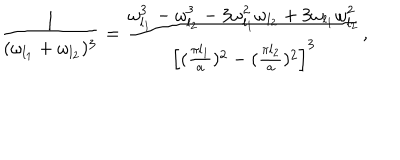
LaTeX: { \frac { 1 } { ( \omega _ { l _ { 1 } } + \omega _ { l _ { 2 } } ) ^ { 3 } } } = { \frac { \omega _ { l _ { 1 } } ^ { 3 } - \omega _ { l _ { 2 } } ^ { 3 } - 3 \omega _ { l _ { 1 } } ^ { 2 } \omega _ { l _ { 2 } } + 3 \omega _ { l _ { 1 } } \omega _ { l _ { 2 } } ^ { 2 } } { \left[ ( { \frac { \pi l _ { 1 } } { a } } ) ^ { 2 } - ( { \frac { \pi l _ { 2 } } { a } } ) ^ { 2 } \right] ^ { 3 } } } ,